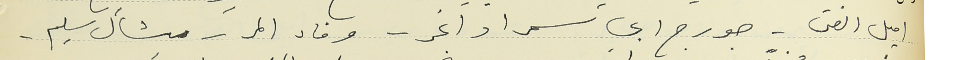
اميل الفتى - جورج ابي سمرا داغر - وفاء المر - ميشال سليم -